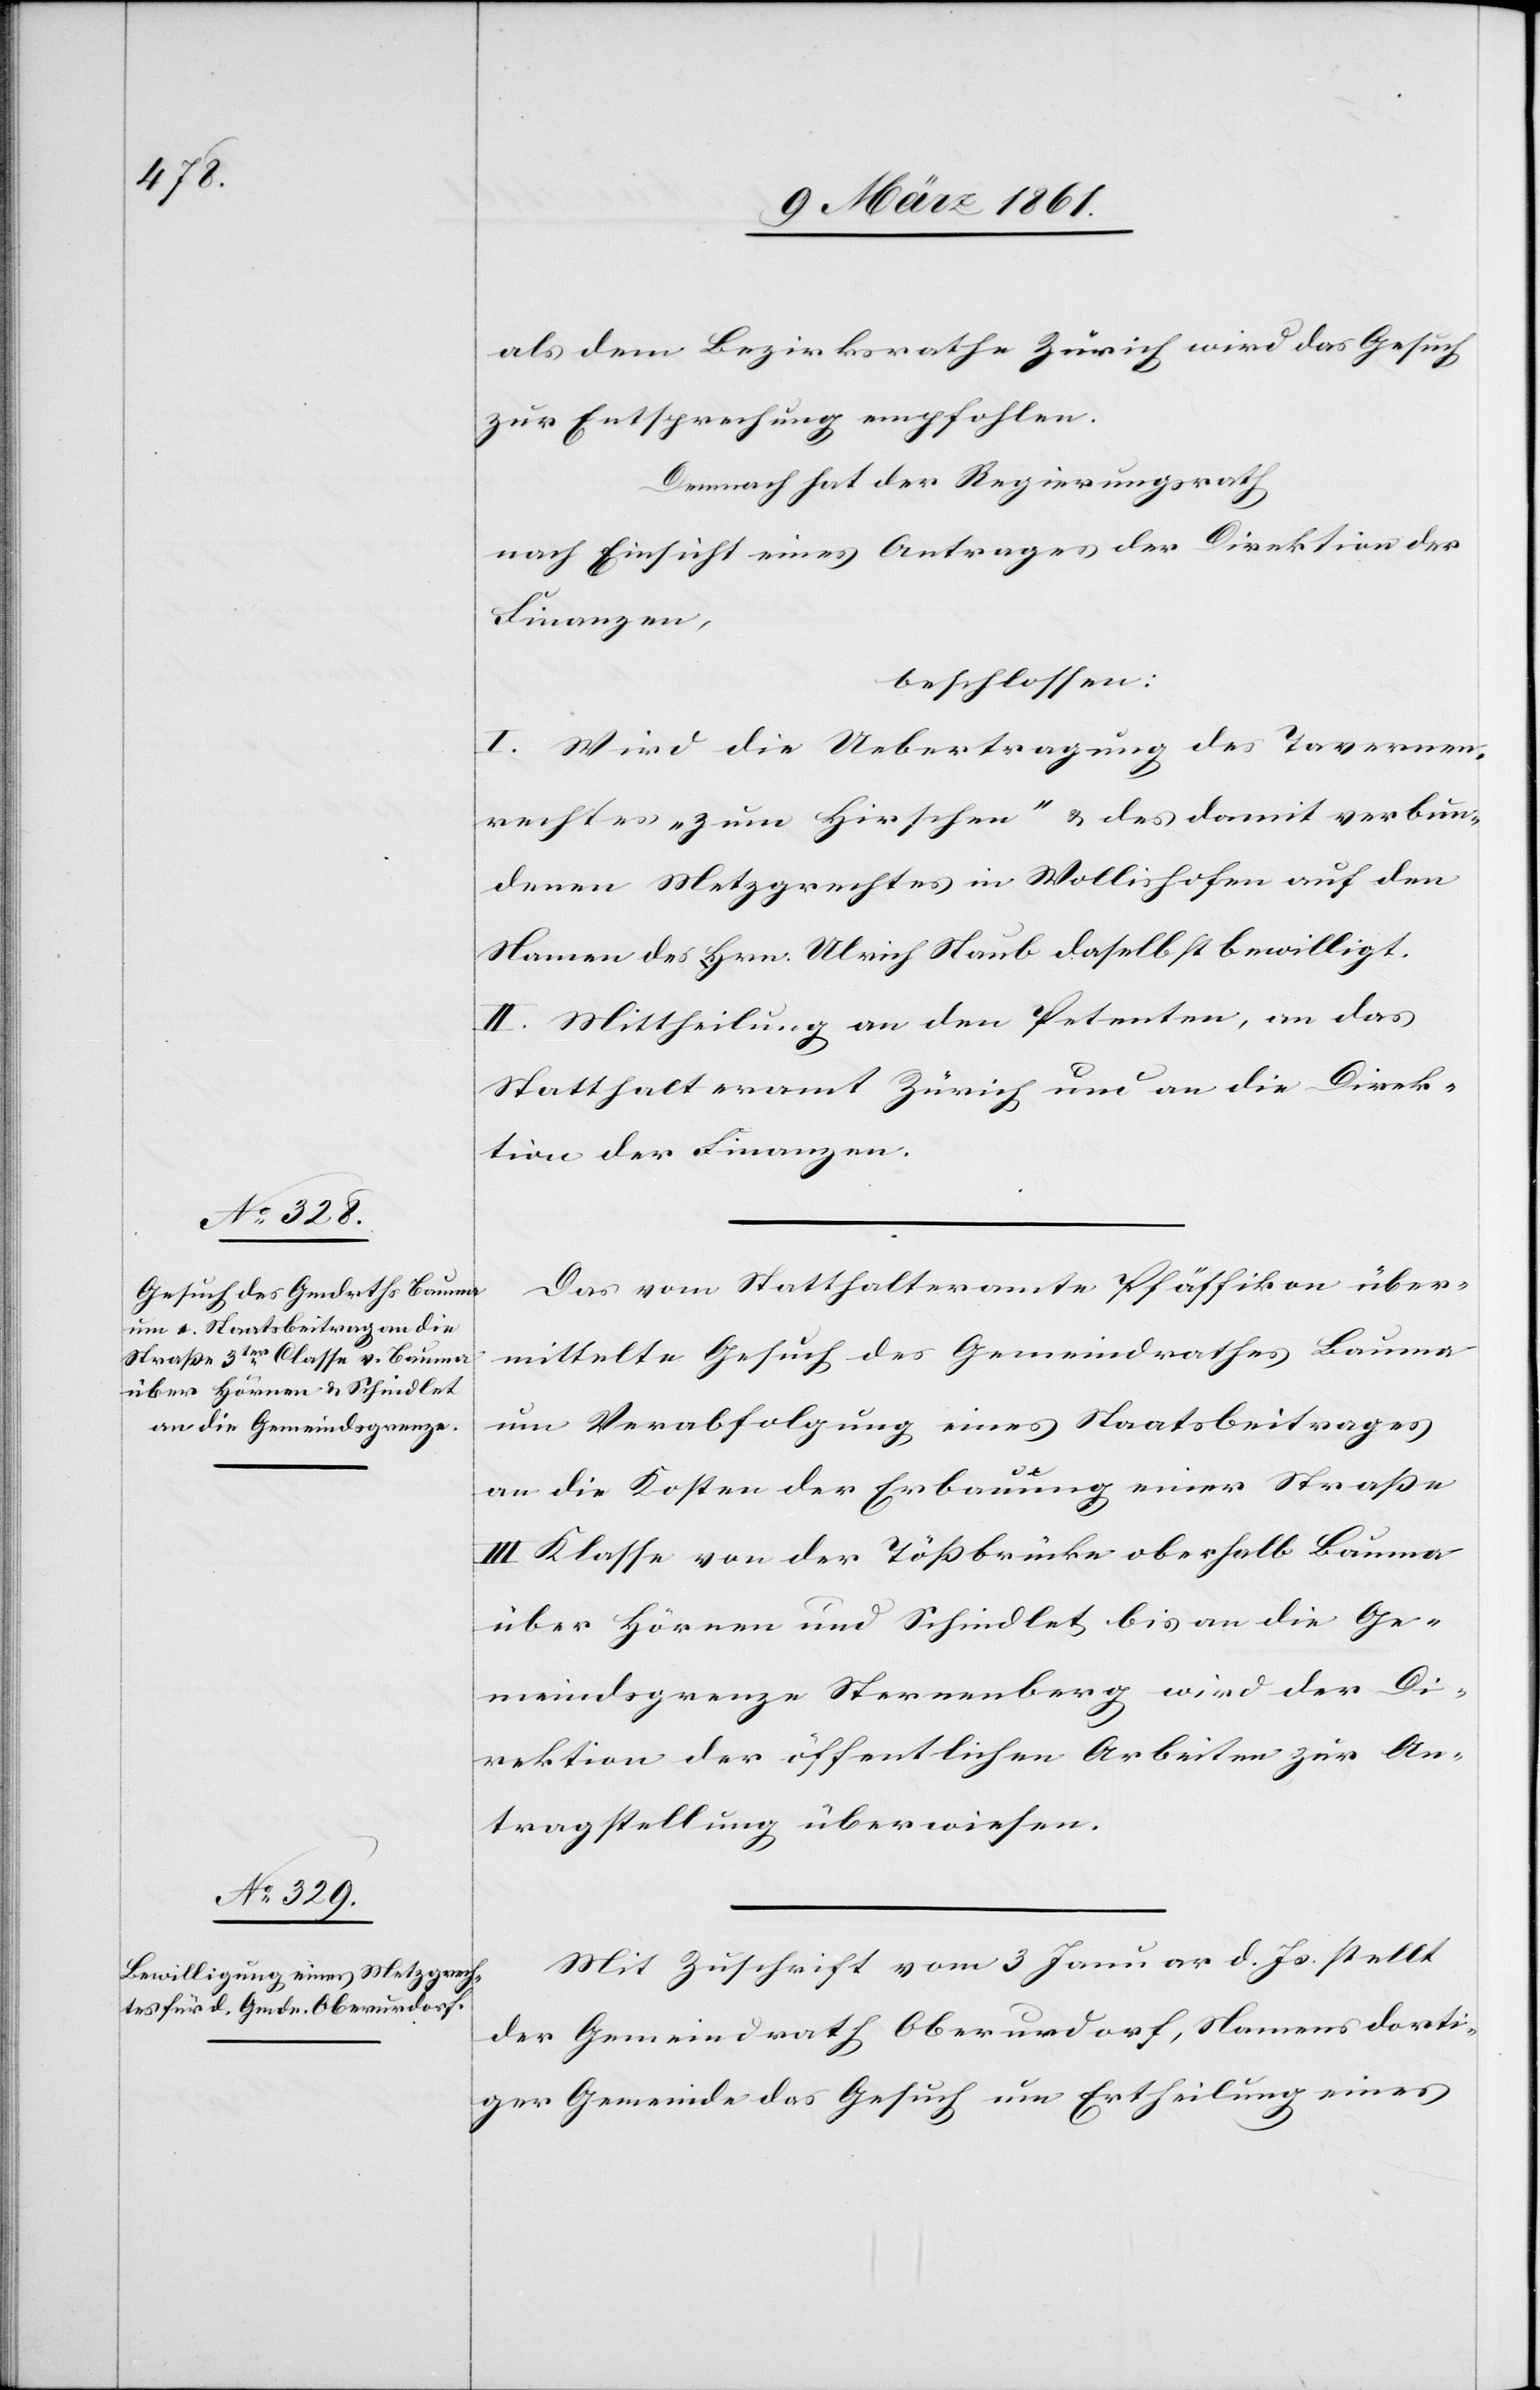
als dem Bezirksrathe Zürich wird das Gesuch
zur Entsprechung empfohlen.
Demnach hat der Regierungsrath
nach Einsicht eines Antrages der Direktion der
Finanzen,
beschlossen:
I. Wird die Uebertragung des Tavernen¬
rechtes „zum Hirschen“ u. des damit verbun¬
denen Metzgrechtes in Wollishofen auf den
Namen des Hrn. Ulrich Staub daselbst bewilligt.
II. Mittheilung an den Petenten, an das
Statthalteramt Zürich und an die Direk¬
tion der Finanzen.
Das vom Statthalteramte Pfäffikon über¬
mittelte Gesuch des Gemeindrathes Bauma
um Verabfolgung eines Staatsbeitrages
an die Kosten der Erbauung einer Strasse
III. Klasse von der Tössbrücke oberhalb Bauma
über Hörnen und Schindlet bis an die Ge¬
meindsgrenze Sternenberg wird der Di¬
rektion der öffentlichen Arbeiten zur An¬
tragstellung überwiesen.
Mit Zuschrift vom 3. Januar d. Js. stellt
der Gemeindrath Oberurdorf, Namens dorti¬
ger Gemeinde das Gesuch um Ertheilung eines